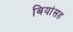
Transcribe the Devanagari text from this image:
बियांसह